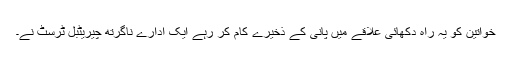
خواتین کو یہ راہ دکھائی علاقے میں پانی کے ذخیرے کام کر رہے ایک ادارے ناگرتھ چیريٹبل ٹرسٹ نے۔